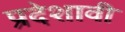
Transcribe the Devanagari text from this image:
प्रदेशावी